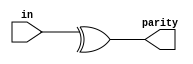
module top_module (
    input wire [7:0] in,
    output wire parity
);
    // Parity computation logic: Calculate even parity bit using reduction XOR
    assign parity = ^in;
endmodule